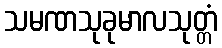
သမဏသုခုမာလသုတ္တံ